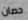
حصان